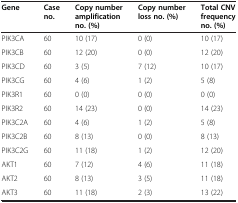
| Gene | Case no. | Copy number amplification no. (%) | Copy number loss no. (%) | Total CNV frequency no. (%) |
 | --- | --- | --- | --- | --- |
 | PIK3CA | 60 | 10 (17) | 0 (0) | 10 (17) |
 | PIK3CB | 60 | 12 (20) | 0 (0) | 12 (20) |
 | PIK3CD | 60 | 3 (5) | 7 (12) | 10 (17) |
 | PIK3CG | 60 | 4 (6) | 1 (2) | 5 (8) |
 | PIK3R1 | 60 | 0 (0) | 0 (0) | 0 (0) |
 | PIK3R2 | 60 | 14 (23) | 0 (0) | 14 (23) |
 | PIK3C2A | 60 | 4 (6) | 1 (2) | 5 (8) |
 | PIK3C2B | 60 | 8 (13) | 0 (0) | 8 (13) |
 | PIK3C2G | 60 | 11 (18) | 1 (2) | 12 (20) |
 | AKT1 | 60 | 7 (12) | 4 (6) | 11 (18) |
 | AKT2 | 60 | 8 (13) | 3 (5) | 11 (18) |
 | AKT3 | 60 | 11 (18) | 2 (3) | 13 (22) |